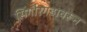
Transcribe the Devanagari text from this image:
सिंगौरगडावरून